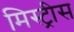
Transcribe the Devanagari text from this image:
मिस्ट्रीस